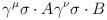
LaTeX: \begin{align*}\gamma^\mu\sigma\cdot A\gamma^\nu\sigma\cdot B\end{align*}